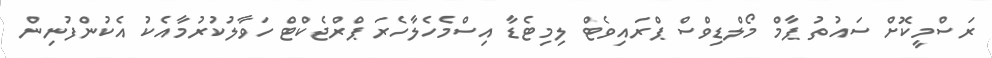
ރަސްމީކޮށް ސައުތު ޕާމް މޯލްޑިވްސް ޕްރައިވެޓް ލިމިޓެޑާ އިސްމެހެލާހެރަ ޕްރްޖެކްޓް ހަވާލުކުރުމާއެކު އެކުންފުނިން